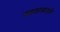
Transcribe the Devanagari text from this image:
सहवासातले